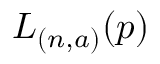
L _ { ( n , a ) } ( p )